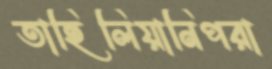
তাহিলিয়ানিপরা